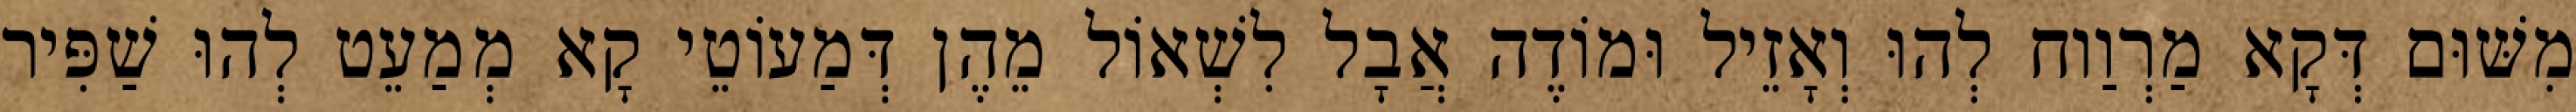
מִשּׁוּם דְּקָא מַרְוַוח לְהוּ וְאָזֵיל וּמוֹדֶה אֲבָל לִשְׁאוֹל מֵהֶן דְּמַעוֹטֵי קָא מְמַעֵט לְהוּ שַׁפִּיר